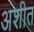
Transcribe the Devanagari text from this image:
अशीत